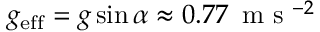
g _ { \mathrm { e f f } } = g \sin \alpha \approx 0 . 7 7 \, \textup { m s } ^ { - 2 }